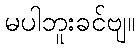
မပါဘူးခင်ဗျ။